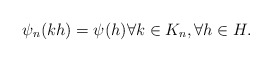
\begin{align*}\psi_n(kh) = \psi(h) \forall k \in K_n, \forall h \in H.\end{align*}